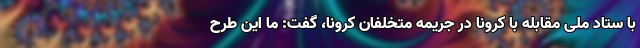
با ستاد ملی مقابله با کرونا در جریمه متخلفان کرونا، گفت: ما این طرح